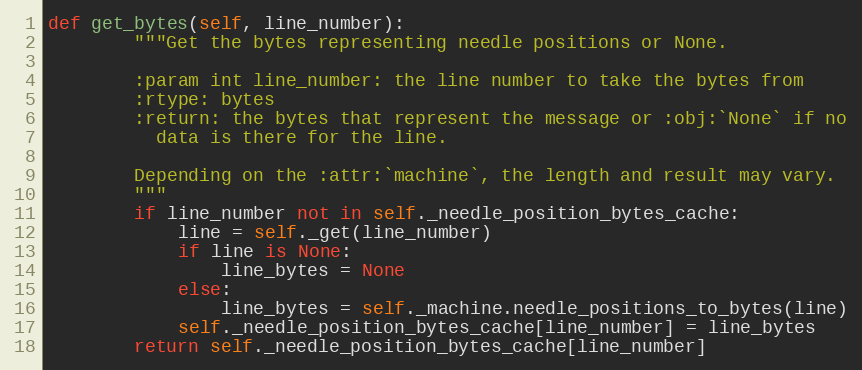
Language: Python
def get_bytes(self, line_number):
        """Get the bytes representing needle positions or None.

        :param int line_number: the line number to take the bytes from
        :rtype: bytes
        :return: the bytes that represent the message or :obj:`None` if no
          data is there for the line.

        Depending on the :attr:`machine`, the length and result may vary.
        """
        if line_number not in self._needle_position_bytes_cache:
            line = self._get(line_number)
            if line is None:
                line_bytes = None
            else:
                line_bytes = self._machine.needle_positions_to_bytes(line)
            self._needle_position_bytes_cache[line_number] = line_bytes
        return self._needle_position_bytes_cache[line_number]